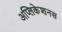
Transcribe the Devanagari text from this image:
अप्लिकेशनस